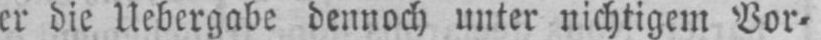
er die Uebergabe dennoch unter nichtigem Vor⸗